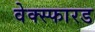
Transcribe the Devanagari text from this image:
वेक्स्फारड